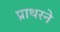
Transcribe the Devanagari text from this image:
प्राथरने